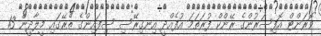
ވޮރަންޓް އޮފިސަރުންގެ ރޭންކް ފުރަތަމަ އުފެއްދީ އިނގިރޭސި ސިފައިންގެ ތެރޭގައި މީލާދީން 13